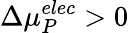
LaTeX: \Delta{\mu}_{P}^{elec}>0